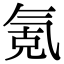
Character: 氪